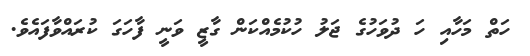
ހަތް މަހާއި ހަ ދުވަހުގެ ޖަލު ހުކުމެއްކަން ގާޒީ ވަނީ ފާހަގަ ކުރައްވާފައެވެ.